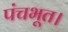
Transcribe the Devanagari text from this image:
पंचभूत।